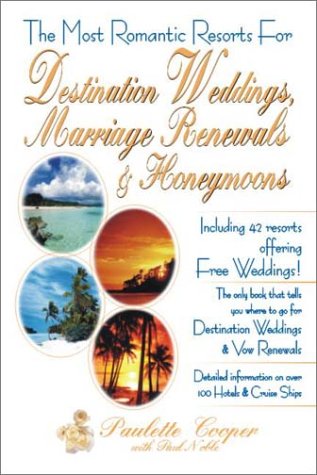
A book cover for The Most Romantic Resorts for Destination Weddings, Marriage Renewals & Honeymoons; Paulette Cooper; Crafts, Hobbies & Home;